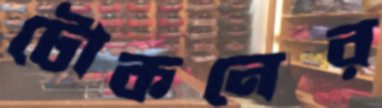
টোকনের